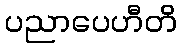
ပညာပေဟီတိ